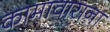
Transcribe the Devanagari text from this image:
कामावासना